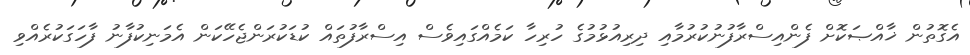
އެގޮތުން ޚާއްޞަކޮށް ފެންއިސްރާފުނުކުރުމާއި ދިރިއުޅުމުގެ ހުރިހާ ކަމެއްގައިވެސް އިސްރާފުތައް ކުޑަކުރަންޖެހޭކަން އެމަނިކުފާނު ފާހަގަކުރެއްވި